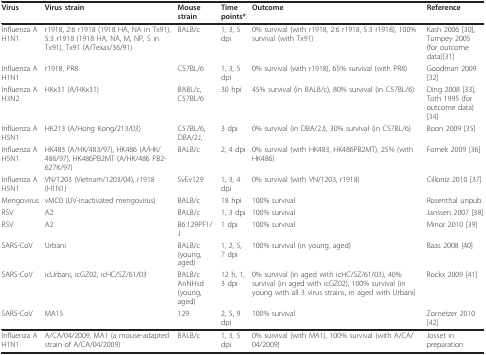
<table><thead><tr><td><b>Virus</b></td><td><b>Virus strain</b></td><td><b>Mouse strain</b></td><td><b>Time points*</b></td><td><b>Outcome</b></td><td><b>Reference</b></td></tr></thead><tbody><tr><td>Influenza A H1N1</td><td>r1918, 2:6 r1918 (1918 HA, NA in Tx91), 5:3 r1918 (1918 HA, NA, M, NP, S in Tx91), Tx91 (A/Texas/36/91)</td><td>BALB/c</td><td>1, 3, 5 dpi</td><td>0% survival (with r1918, 2:6 r1918, 5:3 r1918), 100% survival (with Tx91)</td><td>Kash 2006 [30],Tumpey 2005 (for outcome data)[31]</td></tr><tr><td>Influenza A H1N1</td><td>r1918, PR8</td><td>C57BL/6</td><td>1, 3, 5 dpi</td><td>0% survival (with r1918), 65% survival (with PR8)</td><td>Goodman 2009 [32]</td></tr><tr><td>Influenza AH3N2</td><td>HKx31 (A/HKx31)</td><td>BABL/c, C57BL/6</td><td>30 hpi</td><td>45% survival (in BALB/c), 80% survival (in C57BL/6)</td><td>Ding 2008 [33], Toth 1995 (for outcome data)[34]</td></tr><tr><td>Influenza AH5N1</td><td>HK213 (A/Hong Kong/213/03)</td><td>C57BL/6, DBA/2J,</td><td>3 dpi</td><td>0% survival (in DBA/2J), 30% survival (in C57BL/6)</td><td>Boon 2009 [35]</td></tr><tr><td>Influenza A H5N1</td><td>HK483 (A/HK/483/97), HK486 (A/HK/486/97), HK486PB2MT (A/HK/486 PB2-627K/97)</td><td>BALB/c</td><td>2, 4 dpi</td><td>0% survival (with HK483, HK486PB2MT), 25% (with HK486)</td><td>Fornek 2009 [36]</td></tr><tr><td>Influenza A H5N1</td><td>VN/1203 (Vietnam/1203/04), r1918 (H1N1)</td><td>SvEv129</td><td>1, 3, 4 dpi</td><td>0% survival (with VN/1203, r1918)</td><td>Cilloniz 2010 [37]</td></tr><tr><td>Mengovirus</td><td>vMC0 (UV-inactivated mengovirus)</td><td>BALB/c</td><td>18 hpi</td><td>100% survival</td><td>Rosenthal unpub.</td></tr><tr><td>RSV</td><td>A2</td><td>BALB/c</td><td>1, 3 dpi</td><td>100% survival</td><td>Janssen 2007 [38]</td></tr><tr><td>RSV</td><td>A2</td><td>B6:129PF1/J</td><td>1 dpi</td><td>100% survival</td><td>Minor 2010 [39]</td></tr><tr><td>SARS-CoV</td><td>Urbani</td><td>BALB/c (young, aged)</td><td>1, 2, 5, 7 dpi</td><td>100% survival (in young, aged)</td><td>Baas 2008 [40]</td></tr><tr><td>SARS-CoV</td><td>icUrbani, icGZ02, icHC/SZ/61/03</td><td>BALB/c AnNHsd (young, aged)</td><td>12 h, 1, 3 dpi</td><td>0% survival (in aged with icHC/SZ/61/03), 40% survival (in aged with icGZ02), 100% survival (in young with all 3 virus strains, in aged with Urbani)</td><td>Rockx 2009 [41]</td></tr><tr><td>SARS-CoV</td><td>MA15</td><td>129</td><td>2, 5, 9 dpi</td><td>100% survival</td><td>Zornetzer 2010 [42]</td></tr><tr><td>Influenza A H1N1</td><td>A/CA/04/2009, MA1 (a mouse-adapted strain of A/CA/04/2009)</td><td>BALB/c</td><td>1, 3, 5 dpi</td><td>0% survival (with MA1), 100% survival (with A/CA/04/2009)</td><td>Josset in preparation</td></tr></tbody></table>